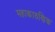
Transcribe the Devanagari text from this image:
महाकारुणिक